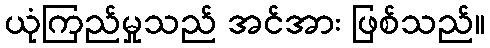
ယုံကြည်မှုသည် အင်အား ဖြစ်သည်။